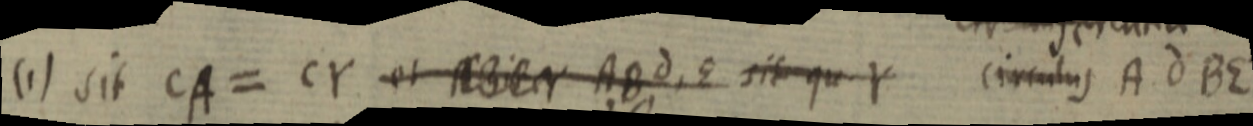
(1) sit CA= CY et _ AB d, E sit qu Y circulus A dBE